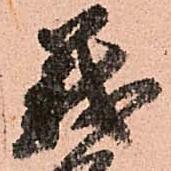
義